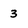
Character: 3